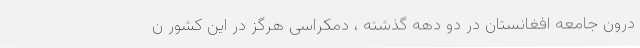
درون جامعه افغانستان در دو دهه گذشته ، دمکراسی هرگز در این کشور ن